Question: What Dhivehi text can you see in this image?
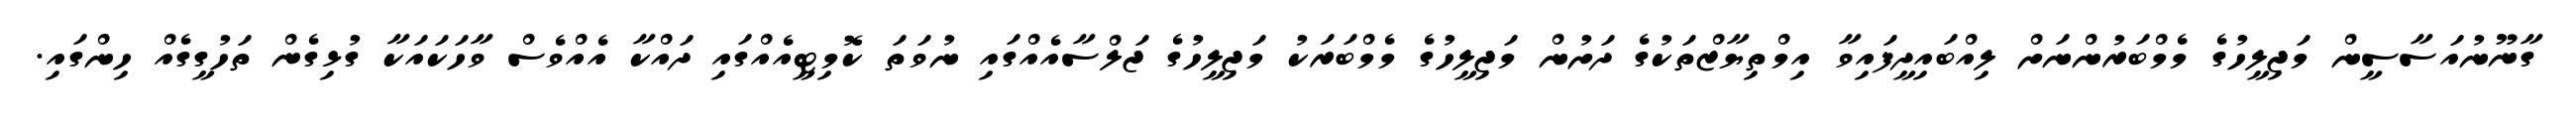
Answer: ގާނޫނުއަސާސީން މަޖިލީހުގެ މެމްބަރުންނަށް ލިއްބައިދީފައިވާ އިމްތިޔާޒްތަކުގެ ދަށުން މަޖިލީހުގެ މެމްބަރަކު މަޖިލީހުގެ ޖަލްސާއެއްގައި ނުވަތަ ކޮމިޓީއެއްގައި ދައްކާ އެއްވެސް ވާހަކައަކާ ގުޅިގެން ތަހުގީގެއް ހިންގައި.